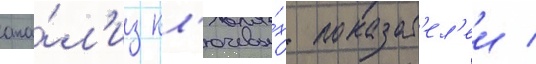
ана́л'из кл'ючевы́х показат'ел'еи /